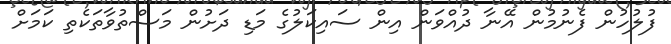
ފުލުހުން ފެނުމުން އޭނާ ދުއްވަން އިން ސައިކަލުގެ މަޑި ދަށުން މަސްތުވާތަކެތި ކަމަށް